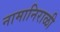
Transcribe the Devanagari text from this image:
नामानिराळी